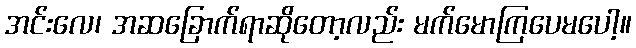
အင်းလေ၊ အဆခြောက်ရာဆိုတော့လည်း မက်မောကြပေမပေါ့။